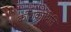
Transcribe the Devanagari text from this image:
कोशकाभित्ति